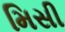
મિસી